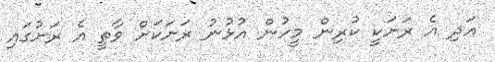
އަދި އެ ރަށަކީ ކުރިން މީހުން އުޅުނު ރަށަކަށް ވާތީ އެ ރަށުގައި